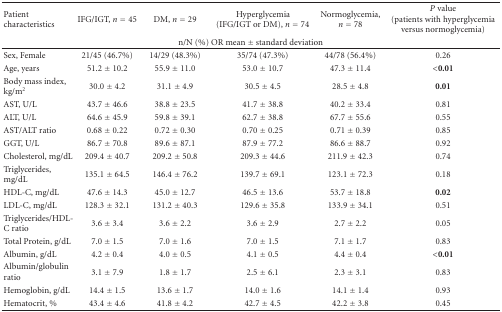
<table><thead><tr><td><b>Patient characteristics</b></td><td><b>IFG/IGT, <i>n</i> = 45</b></td><td><b>DM, <i>n</i> = 29</b></td><td><b>Hyperglycemia (IFG/IGT or DM), <i>n</i> = 74</b></td><td><b>Normoglycemia, <i>n</i> = 78</b></td><td><b><i>P</i> value (patients with hyperglycemia versus normoglycemia)</b></td></tr><tr><td colspan="6"><b>n/N (%) OR mean ± standard deviation </b></td></tr></thead><tbody><tr><td>Sex, Female</td><td>21/45 (46.7%)</td><td>14/29 (48.3%)</td><td>35/74 (47.3%)</td><td>44/78 (56.4%)</td><td>0.26</td></tr><tr><td>Age, years</td><td>51.2 ± 10.2</td><td>55.9 ± 11.0</td><td>53.0 ± 10.7</td><td>47.3 ± 11.4</td><td><b>&lt;0.01</b></td></tr><tr><td>Body mass index, kg/m<sup>2</sup></td><td>30.0 ± 4.2</td><td>31.1 ± 4.9</td><td>30.5 ± 4.5</td><td>28.5 ± 4.8</td><td><b>0.01</b></td></tr><tr><td>AST, U/L</td><td>43.7 ± 46.6</td><td>38.8 ± 23.5</td><td>41.7 ± 38.8</td><td>40.2 ± 33.4</td><td>0.81</td></tr><tr><td>ALT, U/L</td><td>64.6 ± 45.9</td><td>59.8 ± 39.1</td><td>62.7 ± 38.8</td><td>67.7 ± 55.6</td><td>0.55</td></tr><tr><td>AST/ALT ratio</td><td>0.68 ± 0.22</td><td>0.72 ± 0.30</td><td>0.70 ± 0.25</td><td>0.71 ± 0.39</td><td>0.85</td></tr><tr><td>GGT, U/L</td><td>86.7 ± 70.8</td><td>89.6 ± 87.1</td><td>87.9 ± 77.2</td><td>86.6 ± 88.7</td><td>0.92</td></tr><tr><td>Cholesterol, mg/dL</td><td>209.4 ± 40.7</td><td>209.2 ± 50.8</td><td>209.3 ± 44.6</td><td>211.9 ± 42.3</td><td>0.74</td></tr><tr><td>Triglycerides, mg/dL</td><td>135.1 ± 64.5</td><td>146.4 ± 76.2</td><td>139.7 ± 69.1</td><td>123.1 ± 72.3</td><td>0.18</td></tr><tr><td>HDL-C, mg/dL</td><td>47.6 ± 14.3</td><td>45.0 ± 12.7</td><td>46.5 ± 13.6</td><td>53.7 ± 18.8</td><td><b>0.02</b></td></tr><tr><td>LDL-C, mg/dL</td><td>128.3 ± 32.1</td><td>131.2 ± 40.3</td><td>129.6 ± 35.8</td><td>133.9 ± 34.1</td><td>0.51</td></tr><tr><td>Triglycerides/HDL-C ratio</td><td>3.6 ± 3.4</td><td>3.6 ± 2.2</td><td>3.6 ± 2.9</td><td>2.7 ± 2.2</td><td>0.05</td></tr><tr><td>Total Protein, g/dL</td><td>7.0 ± 1.5</td><td>7.0 ± 1.6</td><td>7.0 ± 1.5</td><td>7.1 ± 1.7</td><td>0.83</td></tr><tr><td>Albumin, g/dL</td><td>4.2 ± 0.4</td><td>4.0 ± 0.5</td><td>4.1 ± 0.5</td><td>4.4 ± 0.4</td><td><b>&lt;0.01</b></td></tr><tr><td>Albumin/globulin ratio</td><td>3.1 ± 7.9</td><td>1.8 ± 1.7</td><td>2.5 ± 6.1</td><td>2.3 ± 3.1</td><td>0.83</td></tr><tr><td>Hemoglobin, g/dL</td><td>14.4 ± 1.5</td><td>13.6 ± 1.7</td><td>14.0 ± 1.6</td><td>14.1 ± 1.4</td><td>0.93</td></tr><tr><td>Hematocrit, %</td><td>43.4 ± 4.6</td><td>41.8 ± 4.2</td><td>42.7 ± 4.5</td><td>42.2 ± 3.8</td><td>0.45</td></tr></tbody></table>